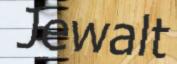
Jewalt